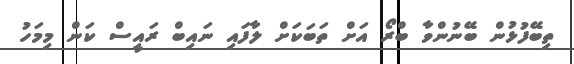
ތިބޭފުޅުން ބޭނުންވާ ބްރޯ އަށް ތަބަކަށް ލާފައި ނައިބް ރައީސް ކަން މިމަހު